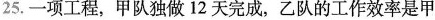
25.一项工程，甲队独做12天完成，乙队的工作效率是甲